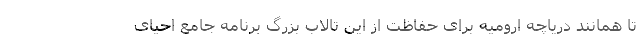
تا همانند دریاچه ارومیه برای حفاظت از این تالاب بزرگ برنامه جامع احیای